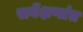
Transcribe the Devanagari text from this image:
सर्वेक्षणांत